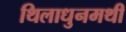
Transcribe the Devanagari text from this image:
थिलाधुनमथी